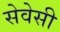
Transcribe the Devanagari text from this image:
सेवेसी